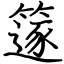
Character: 篴